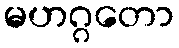
မဟဂ္ဂတော